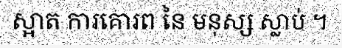
ស្អាត ការគោរព នៃ មនុស្ស ស្លាប់ ។